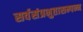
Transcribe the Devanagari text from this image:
सर्वसंप्रभुतासम्पन्न